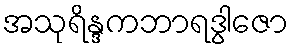
အသုရိန္ဒကဘာရဒွါဇော